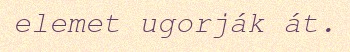
elemet ugorják át.